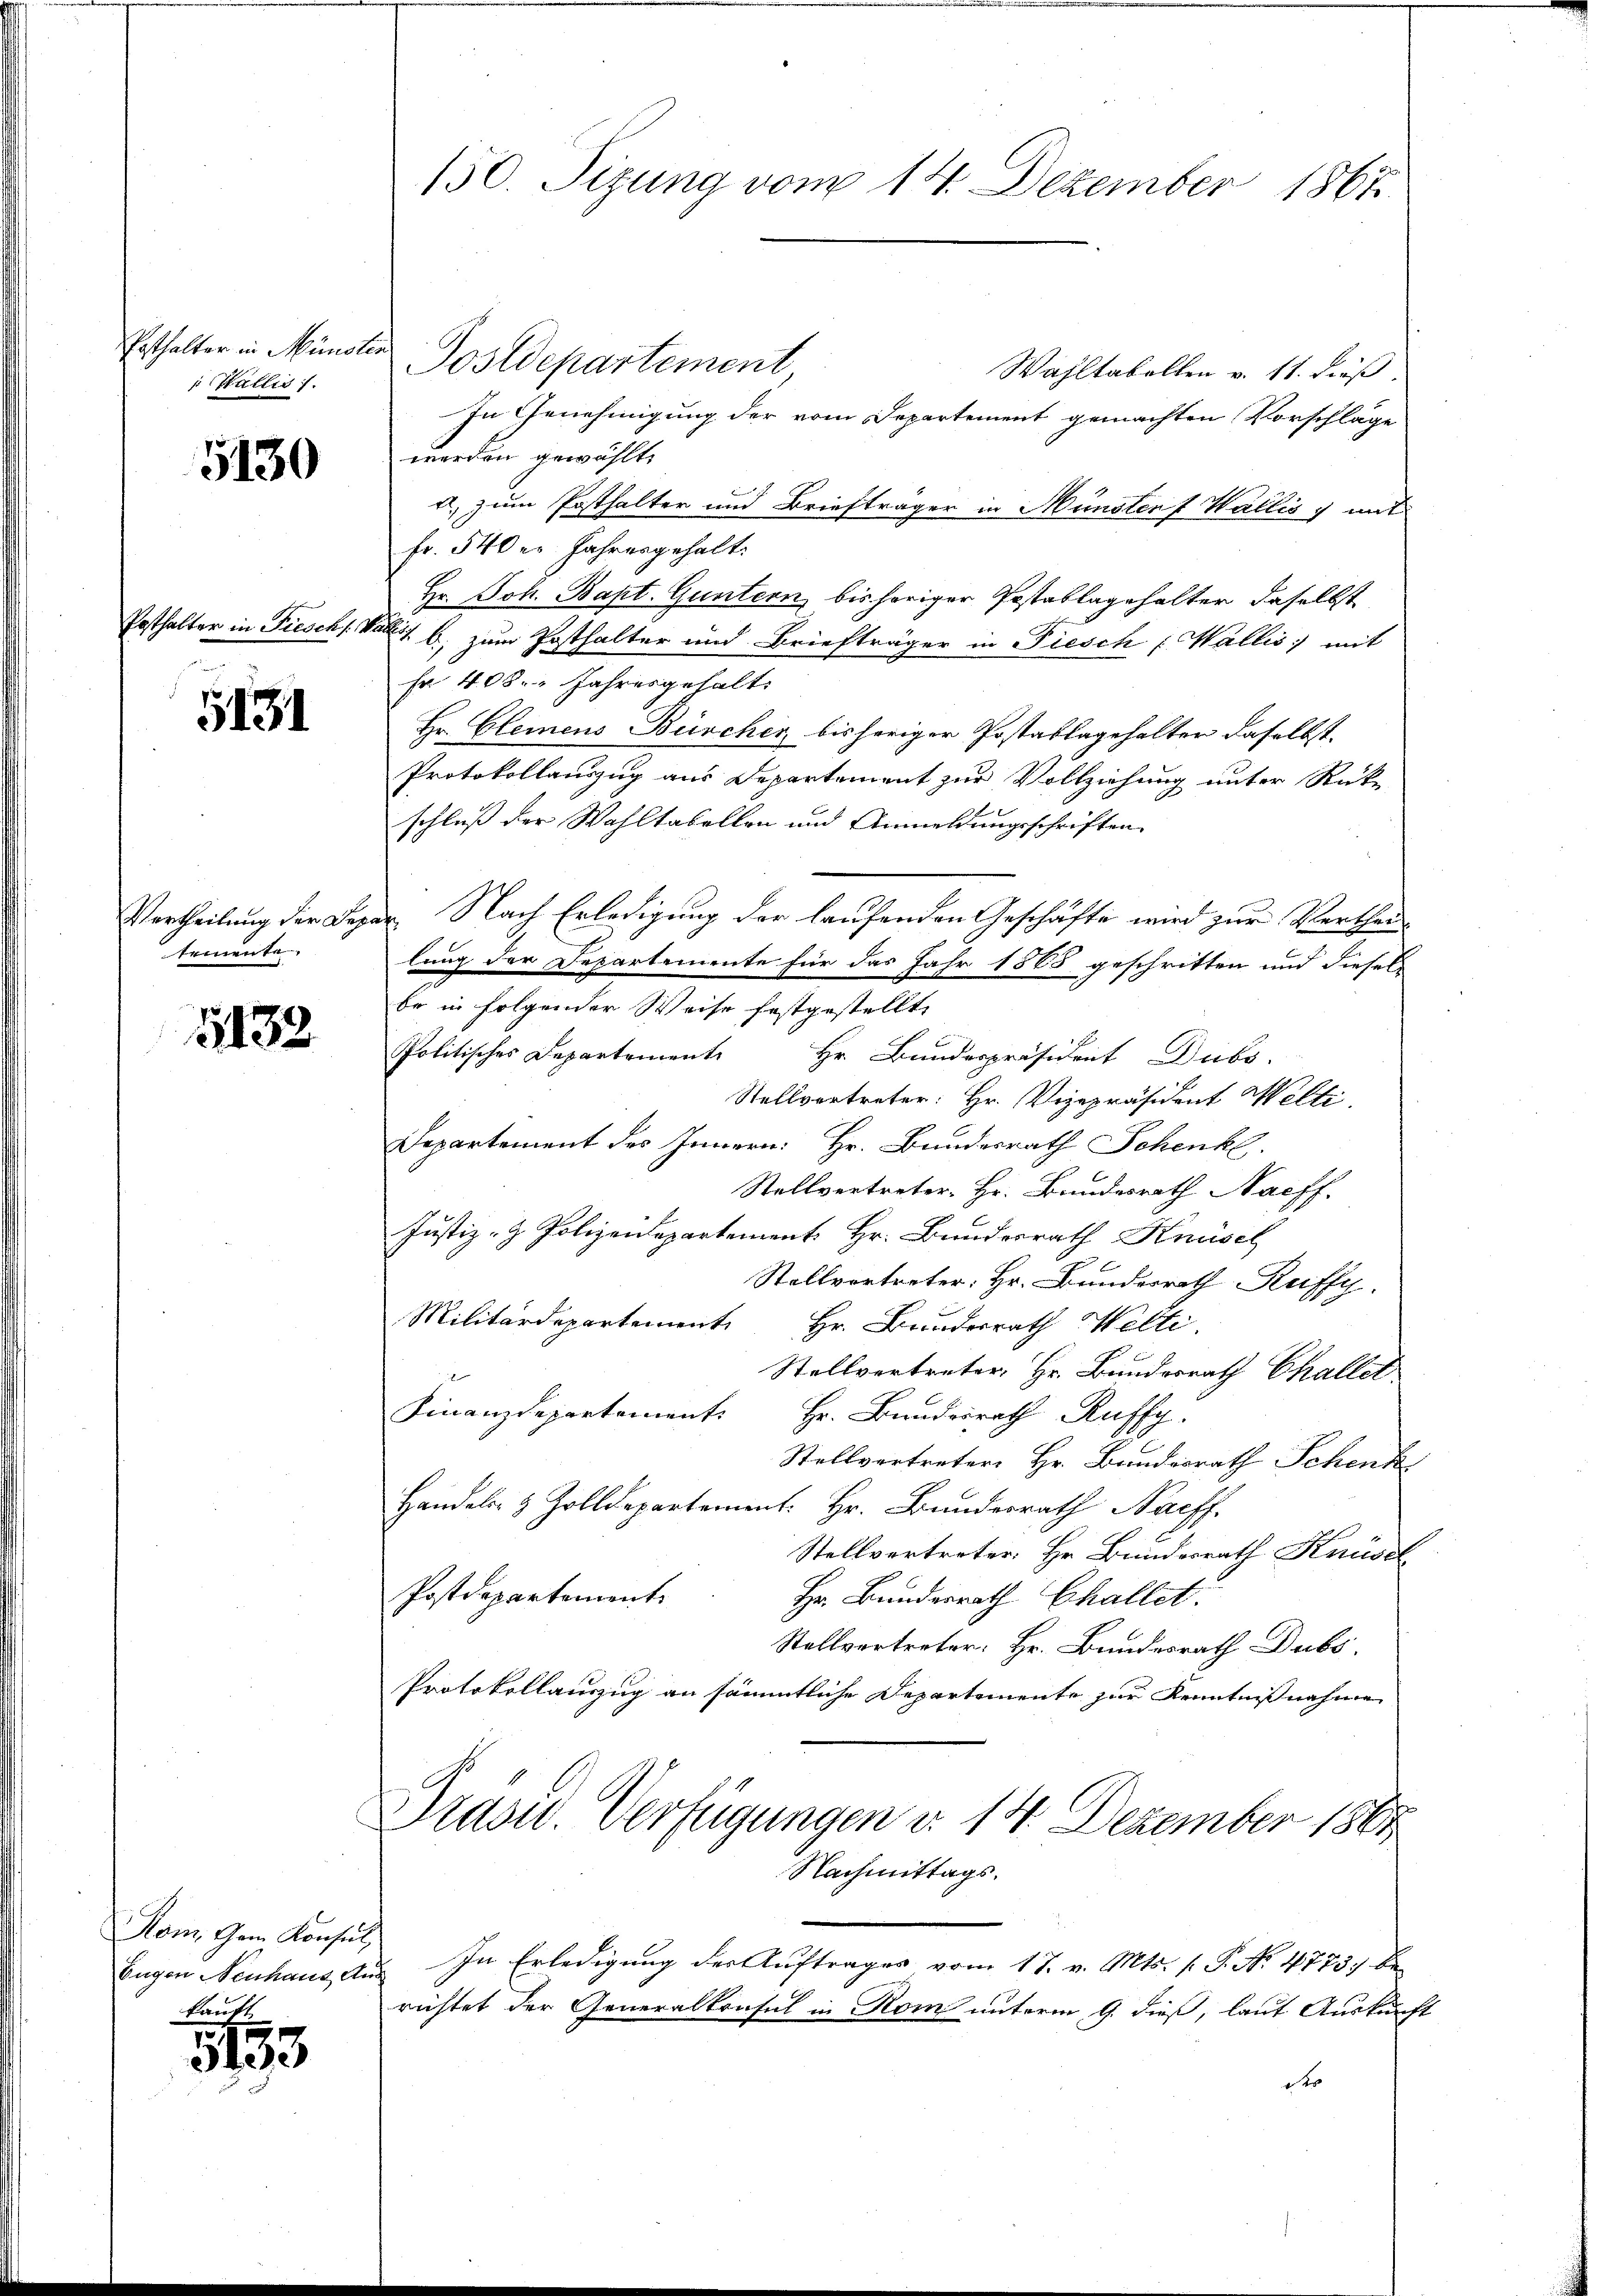
Enthalter in Münsten
 Wallis 1.

5130

Posthalter in Fiesch. V

5131

temente.

1132

Kom Gem. Konsul
kauft

5133

150. Sizung vom 14. Dezember 1867.

Postdepartement
Wahltabellen v. 11. dieß.
In Genehmigung der vom Departement gemachten Vorschläge
werden gewählt,
u. zum Posthalter und Briefträger in Münsten f Wallis, mit
fr. 540er Jahresgehalt:
Hr. Joh. Bapt. Guntern, bisheriger Postablagehalter daselbst
 b, zum Posthalter und Briefträger in Fiesch, Wallis mit
fr. 408. " Jahresgehalt
Hr. Clemens Bürcher, bisheriger Postablagehalter daselbst.
Protokollanzug aus Departement zur Vollziehung unter Rücke
schluß der Wahltabellen und Anmeldungsschriften
Vertheilung der Deper. Nach Erledigung der laufenden Geschäfte wird zur Vertheilung der Departemente für das Jahr 1868 geschritten und diesel
be in folgender Weise festgestellt,
Politisches Departemente Hr. Bunderpräsident Dubs.
Stellvertreter: Hr. Vizepräsident Welti,
Departement des Innern: Hr. Bundesrath Schenke.
Stellvertreter Hr. Bundesrath Naeff.
Justiz- & Polizeidepartement Hr. Bunderrath Knüsch
Stellvortreter: Hr. Bunderrath Ruffy.
Militärdepartement Hr. Bunderrath Welti.
Stellvertreter, Hr. Bundesrath Challet
Finanzdepartement. Hr. Bundesrath Ruffy.
Stellvertreter Hr. Bundesrath Schenk
Handels- & Zolldepartement. Hr. Bundesrath Nachf
Stellvertreter: Hr. Bundesrath Knüsel
Postdepartement
Hr. Bundesrath Challet.
Stellvertreter: Hr. Bundesrath Dubs
Protokollauszug an sämmtliche Departemente zur Kenntnißnahme
Gruss. Verfügungen d. 14. Dezember 1861
Nachmittags.
Eugen Neuhaus Aus In Erledigung der Auftrages vom 17. v. Mts. s. P. No. 4723. berichtet der Generalkonsul in Rom unterm 9. dieß, laut Auskunft
1 er